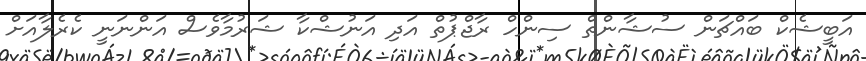
އަބީޝެކް ބައްޗަން ސުޝާންތް ސިންހް ރާޖްޕުތް އަދި އަނުޝްކާ ޝަރުމާވެސް އަންނަނީ ކެރެލާއަށް